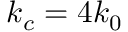
k _ { c } = 4 k _ { 0 }